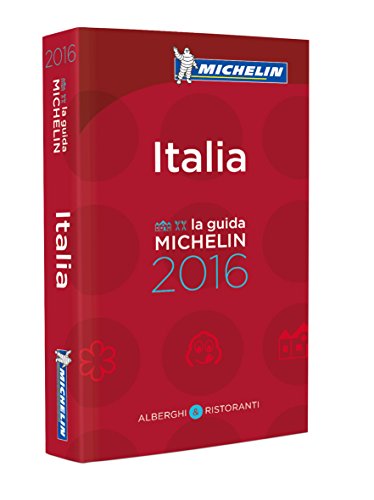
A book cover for MICHELIN Guide Italy (Italia) 2016: Hotels & Restaurants (Michelin Guide/Michelin); Michelin; Travel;